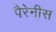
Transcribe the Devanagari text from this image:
पैरेनीस